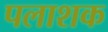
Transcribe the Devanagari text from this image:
पलाशक